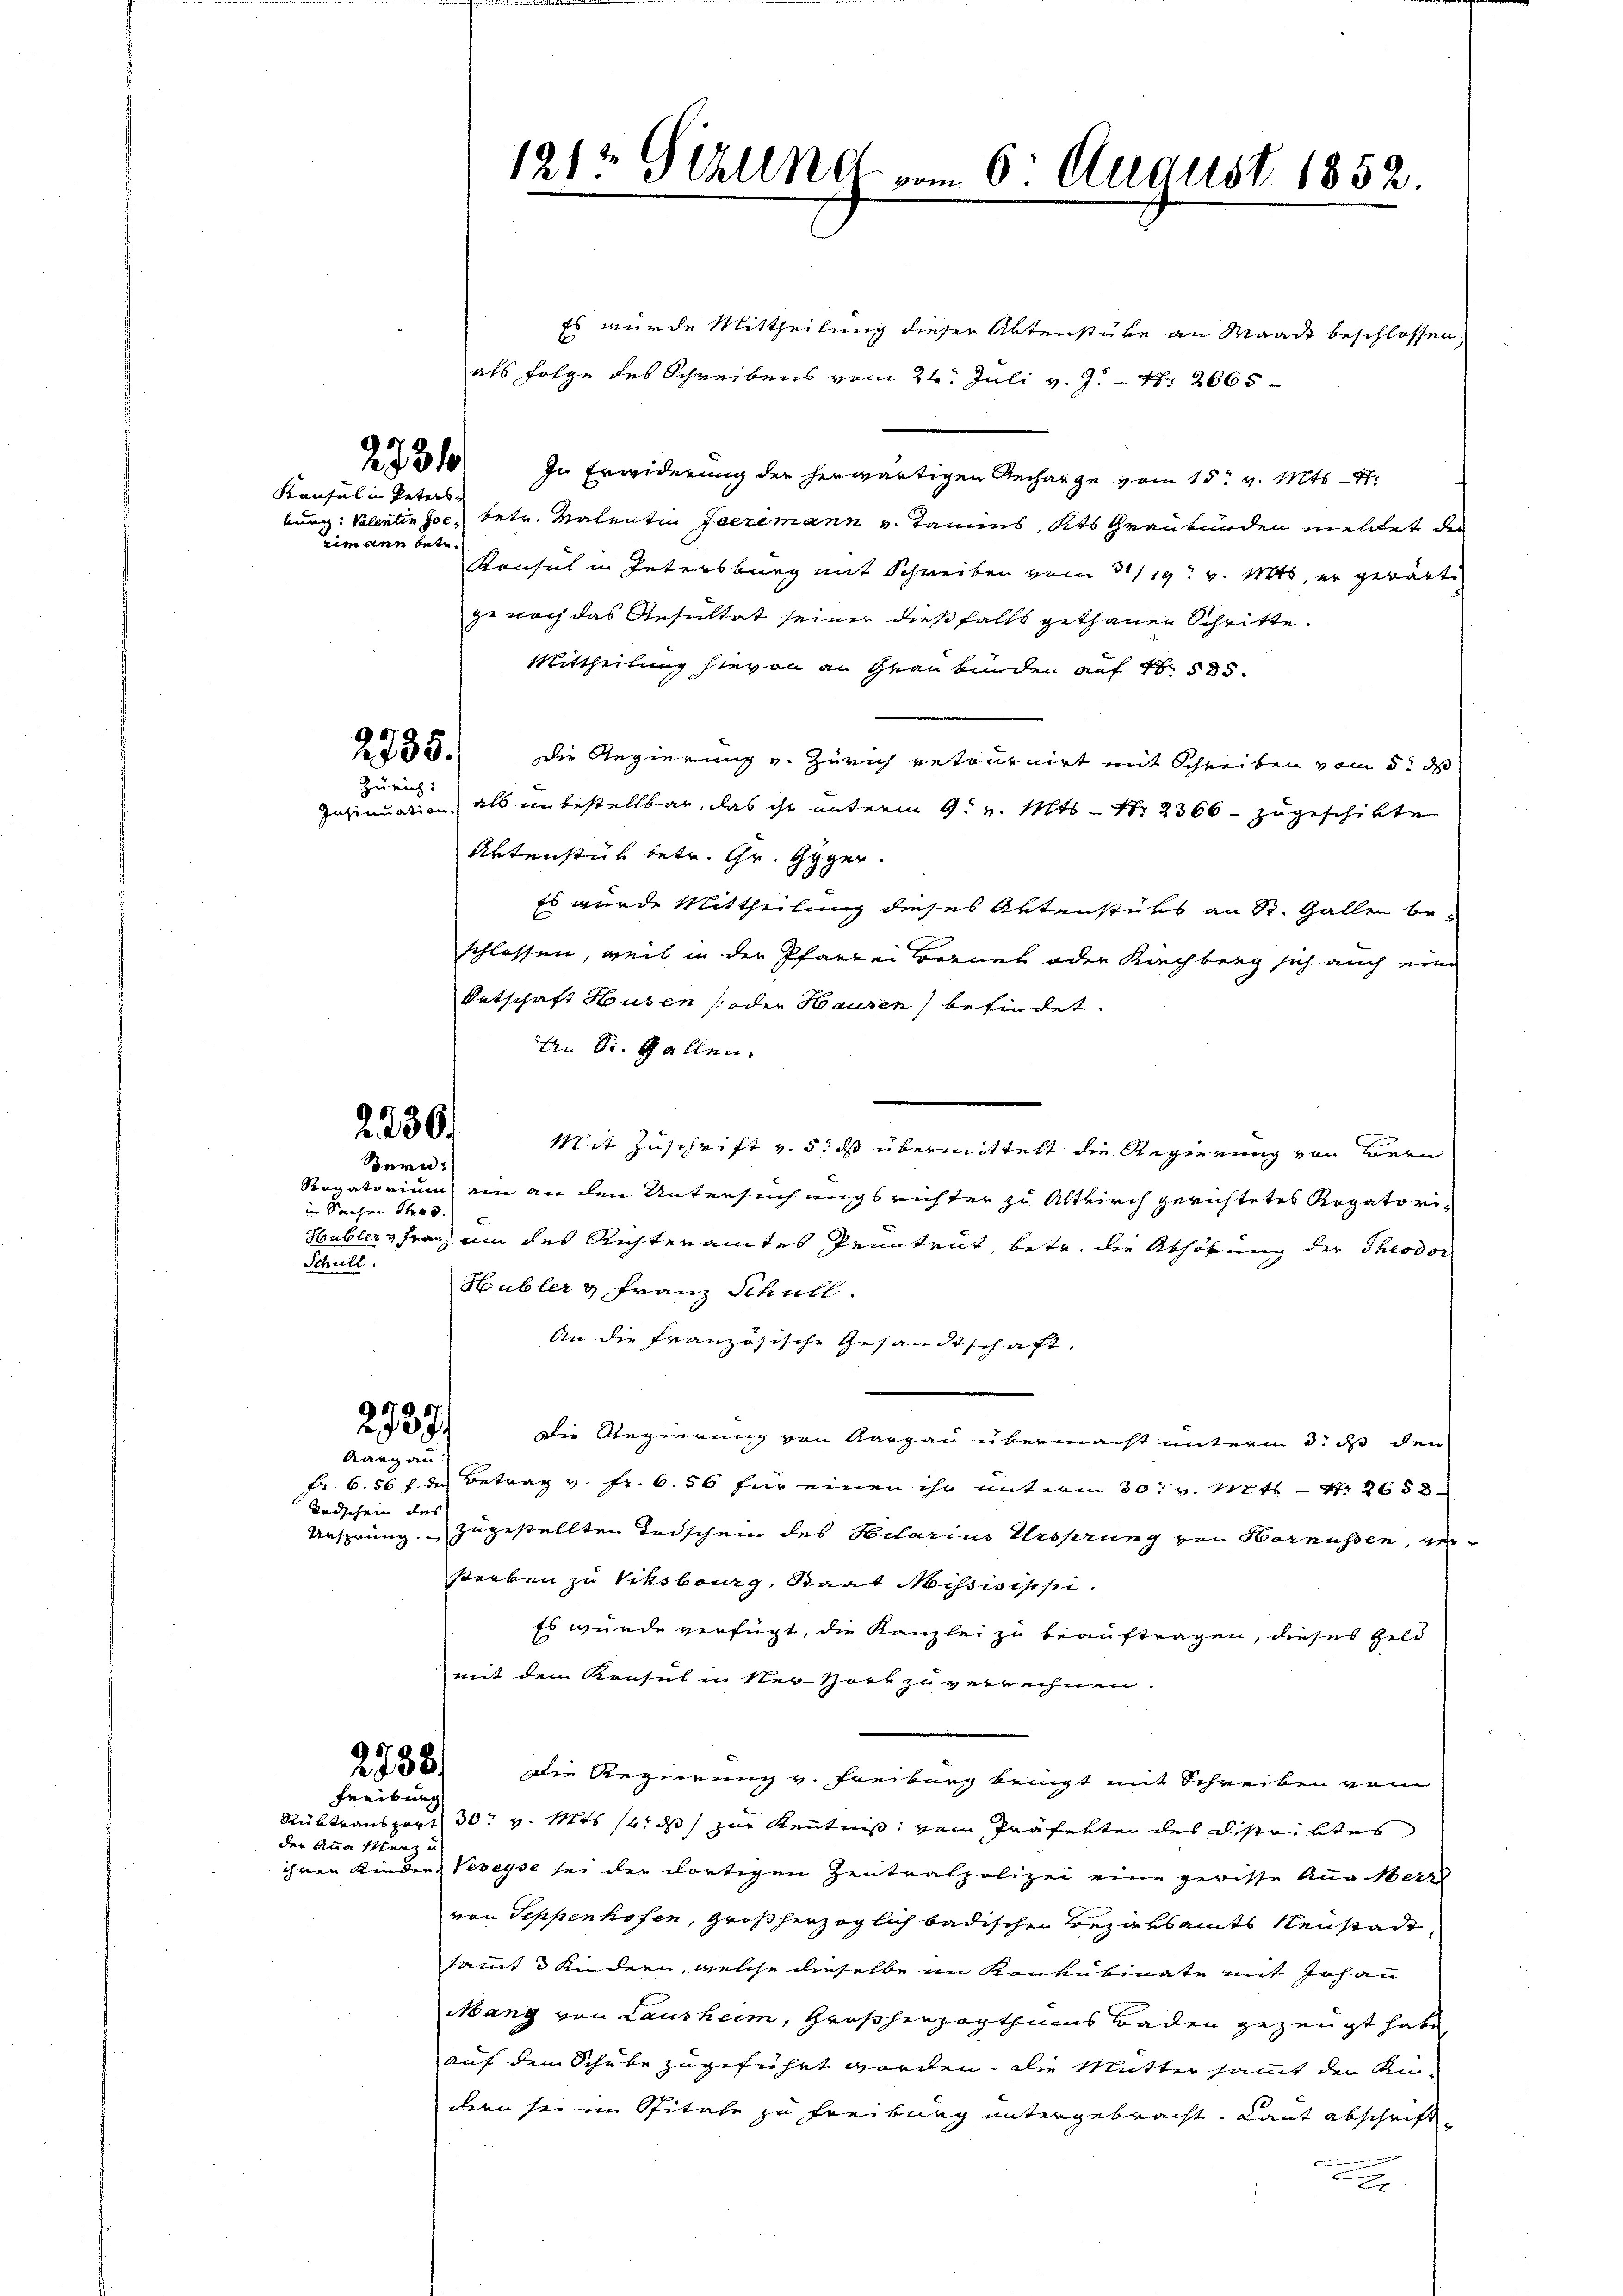
Konsul in Peters
rimann betr.

2735.
Zürich:

2236.
Bern:

in Sachen Stras
Schull.

2737.
Aargau:

Todschein des

Freibung

der Anna Stenz u

Es wurde Mittheilung dieser Aktenstüke an Waadt beschlossen,
als Folge des Schreibens vom 26. Juli v. J. N. 2665
310. In Erwiderung der herwärtigen Recharge vom 15. v. Mts. - 4.
burg: Valentin hoc betr. Malentin Geeremann u. Tannes Kts Graubünden meldet der
Konsul in Intersburg mit Schreiben vom 31/19. v. Mts. er gewärt
ge nach das Resultat seiner dießfalls gethanen Schritte.
Mittheilung hievon an Graubünden auf 4. 585.
die Regierung v. Zürich retournirt mit Schreiben vom 5. d
Insinuation, als unbestellbar, das ihr unterm 9. v. Mts. - Nr. 2366. zugeschikte
Aktenstük betr. Gr. Gyger.
Es wurde Mittheilung dieses Aktenstüks an St. Gallen beschlossen, weil in der Pfarrer Bernet oder Kirchberg sich auch eine
Entschaft Husen (oder Hausen befindet.
An St. Gallen.
Mit Zuschrift v. 5. ds übermittelt die Regierung von Bern
Ragatorium ein an den Untersuchungs richter zu Altkirch gerichtetes Rogatori¬
.
Hubler Franz um des Richteramtes Penntrut, betr. die Abhörung der Theodor
Hubler u Franz Schull
An die französische Gesandtschaft.
Die Regierung von Aargau übermacht unterm 3. ds den
Fr. 6. 56 f. der Betrag v. Fr. 6. 56 für einen ihr unterm 30t v. Mts. - Nr. 2658
Ursprung zugestellten Todschein des Hilarius Ursprung von Hornüssen, verstorben zu Viksbourg, Staat Missisissi
Es wurde verfügt, die Kanzlei zu beauftragen, dieses Geld
mit dem Konsul in Ner-Hort zu verrechnen.
150. Die Regierung v. Freiburg bringt mit Schreiben vom
Rübtransport 30. v. Mts bis zur Kenntnis vom Präfekten des Distriktes
ihren Kinder, Veveyse sei der dortigen Zentratpolizei eine gerisse Aug. Merz
von Seppenhofen, Großherzoglich badischen Bezahsamts Neustadt,
samt Kindern, welche dieselbe im Konkubinate mit Johann
Mang von Lausheim, Großherzogthums Baden gezeugt habe
auf dem Schube zugeführt worden, die Muttersammt den Um-
dern sei im Spitale zu Freiburg untergebracht. Laut abschrifte

1212 Sitzung vom 6. August 1852.